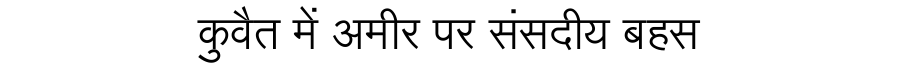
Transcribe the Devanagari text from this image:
कुवैत में अमीर पर संसदीय बहस